Leaving Certificate Examination, 1914
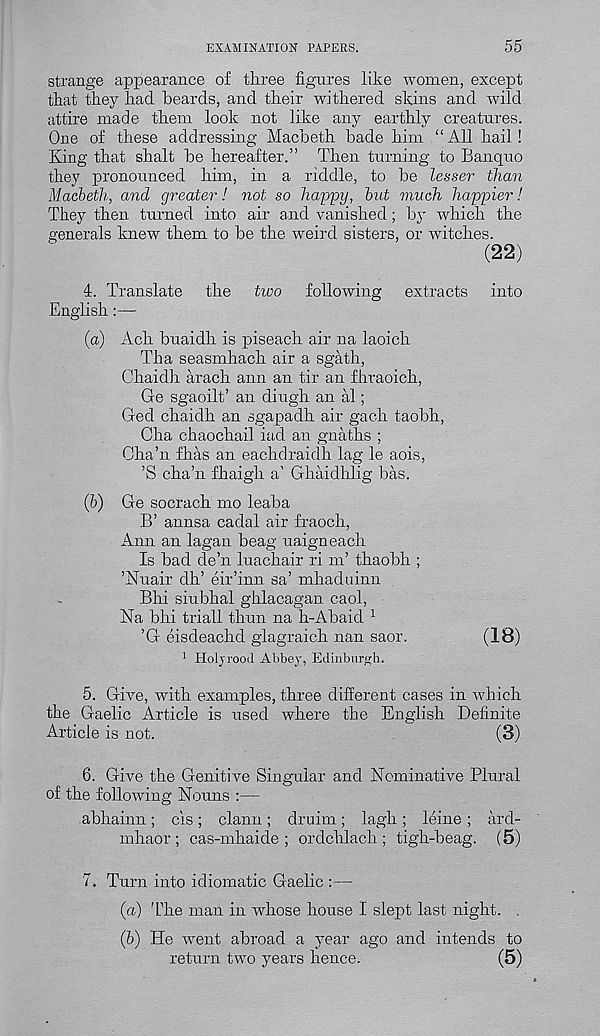
EXAMINATION PAPERS.
55
strange appearance of three figures like women, except
that they had beards, and their withered skins and wild
attire made them look not like any earthly creatures.
One of these addressing Macbeth bade him “ All hail !
King that shaft be hereafter.” Then turning to Banquo
they pronounced him, in a riddle, to be lesser than
Macbeth, and greater! not so happy, but much happier!
They then turned into air and vanished; by which the
generals knew them to be the weird sisters, or witches.
(22)
4. Translate the two following extracts into
English:—
(a) Ach buaidh is piseach air na laoich
Tha seasmhach air a sgath,
Chaidh arach ann an tir an fhraoich,
Ge sgaoilt’ an diugh an al;
Ged chaidh an sgapadh air gach taobh,
Cha chaochail iad an gnaths ;
Cha’n fhas an eachdraidh lag le aois,
’S cha’n fhaigh a’ Ghaidhlig has.
(&) Ge socrach mo leaba
B’ annsa cadal air fraoch,
Ann an lagan beag uaigneach
Is bad de’n luachair ri nT thaobh ;
’Nuair dh’ eir’inn sa’ mhaduinn
Bhi siubhal ghlacagan caol,
Na bhi trial! than na h-Abaid 1
’G eisdeachd glagraich nan saor.
(18)
1 Holjrood Abbey, Edinburgh.
5. Give, with examples, three different cases in which
the Gaelic Article is used where the English Definite
Article is not.
(3)
6. Give the Genitive Singular and Nominative Plural
of the following Nouns :—
abhainn; cis ; clann; druim; lagh ; leine ; ard-
mhaor ; cas-mhaide ; ordchlach ; tigh-beag. (5)
7. Turn into idiomatic Gaelic :—
(а) 'The man in whose house I slept last night. .
(б) He w r ent abroad a year ago and intends to
return two years hence.
(5)